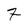
Character: 7